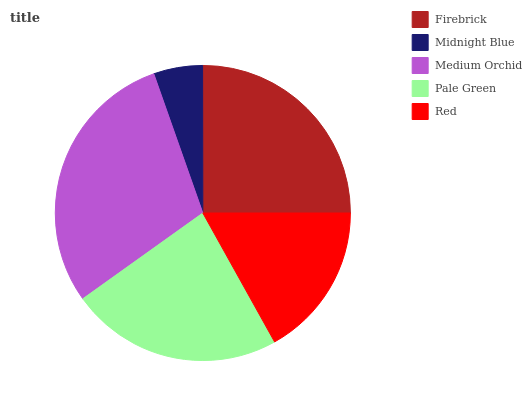
| Firebrick | Midnight Blue | Medium Orchid | Pale Green | Red |
 | --- | --- | --- | --- | --- |
 | 25% | 5.37% | 29.5% | 23.3% | 16.9% |